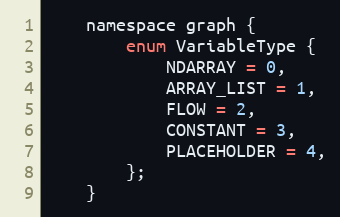
Language: C
    namespace graph {
        enum VariableType {
            NDARRAY = 0,
            ARRAY_LIST = 1,
            FLOW = 2,
            CONSTANT = 3,
            PLACEHOLDER = 4,
        };
    }